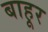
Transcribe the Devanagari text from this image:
बाहूर